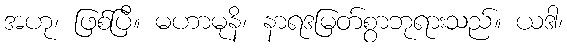
အဟု၊ ဖြစ်ပြီ။ မဟာမုနိ၊ နာရဒမြတ်စွာဘုရားသည်။ ယဒါ၊